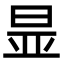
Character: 㫫